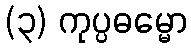
(၃) ကုပ္ပဓမ္မော